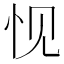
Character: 𮲁